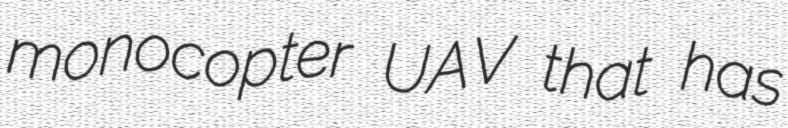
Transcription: monocopter UAV that has